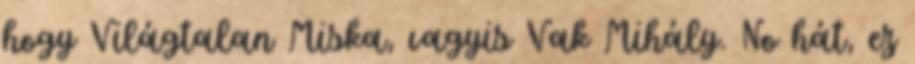
hogy Világtalan Miska, vagyis Vak Mihály. No hát, ez